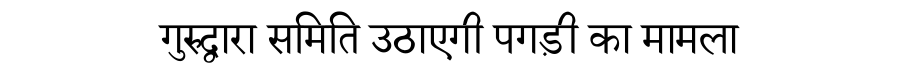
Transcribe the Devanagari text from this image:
गुरुद्वारा समिति उठाएगी पगड़ी का मामला